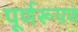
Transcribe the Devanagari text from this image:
पूर्णरूपण